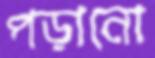
পড়ানো